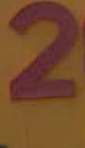
2